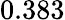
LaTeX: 0.383